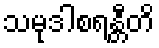
သမုဒါစရန္တီတိ